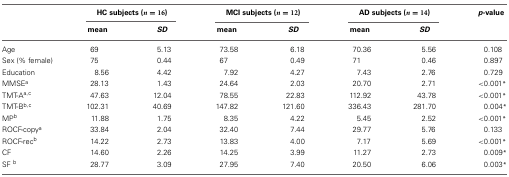
<table><thead><tr><td></td><td colspan="2"><b>HC subjects (<i>n</i> = 16)</b></td><td colspan="2"><b>MCI subjects (<i>n</i> = 12)</b></td><td colspan="2"><b>AD subjects (<i>n</i> = 14)</b></td><td><b><i>p</i>-value</b></td></tr><tr><td></td><td><b>mean</b></td><td><b><i>SD</i></b></td><td><b>mean</b></td><td><b><i>SD</i></b></td><td><b>mean</b></td><td><b><i>SD</i></b></td><td></td></tr></thead><tbody><tr><td>Age</td><td>69</td><td>5.13</td><td>73.58</td><td>6.18</td><td>70.36</td><td>5.56</td><td>0.108</td></tr><tr><td>Sex (% female)</td><td>75</td><td>0.44</td><td>67</td><td>0.49</td><td>71</td><td>0.46</td><td>0.897</td></tr><tr><td>Education</td><td>8.56</td><td>4.42</td><td>7.92</td><td>4.27</td><td>7.43</td><td>2.76</td><td>0.729</td></tr><tr><td>MMSE<sup>a</sup></td><td>28.13</td><td>1.43</td><td>24.64</td><td>2.03</td><td>20.70</td><td>2.71</td><td>&lt;0.001<sup>*</sup></td></tr><tr><td>TMT-A<sup>a</sup><sup>,</sup><sup>c</sup></td><td>47.63</td><td>12.04</td><td>78.55</td><td>22.83</td><td>112.92</td><td>43.78</td><td>&lt;0.001<sup>*</sup></td></tr><tr><td>TMT-B<sup>b</sup><sup>,</sup><sup>c</sup></td><td>102.31</td><td>40.69</td><td>147.82</td><td>121.60</td><td>336.43</td><td>281.70</td><td>0.004<sup>*</sup></td></tr><tr><td>MP<sup>b</sup></td><td>11.88</td><td>1.75</td><td>8.35</td><td>4.22</td><td>5.45</td><td>2.52</td><td>&lt;0.001<sup>*</sup></td></tr><tr><td>ROCF-copy<sup>a</sup></td><td>33.84</td><td>2.04</td><td>32.40</td><td>7.44</td><td>29.77</td><td>5.76</td><td>0.133</td></tr><tr><td>ROCF-rec<sup>b</sup></td><td>14.22</td><td>2.73</td><td>13.83</td><td>4.00</td><td>7.17</td><td>5.69</td><td>&lt;0.001<sup>*</sup></td></tr><tr><td>CF</td><td>14.60</td><td>2.26</td><td>14.25</td><td>3.99</td><td>11.27</td><td>2.73</td><td>0.009<sup>*</sup></td></tr><tr><td>SF<sup>b</sup></td><td>28.77</td><td>3.09</td><td>27.95</td><td>7.40</td><td>20.50</td><td>6.06</td><td>0.003<sup>*</sup></td></tr></tbody></table>